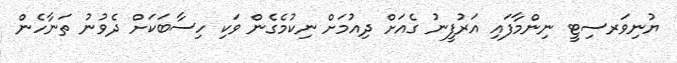
ޔުނިވަރސިޓީ ނިންމާފައި އަރުފީނު ގެއަށް ދިއުމަށް ނިކުމެގެން ވަކި ހިސާބަކަށް ދެވުނު ތަނާހެން